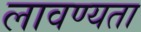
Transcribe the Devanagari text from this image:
लावण्‍यता